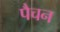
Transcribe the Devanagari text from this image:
पैचन